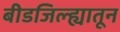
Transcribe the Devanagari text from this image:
बीडजिल्ह्यातून